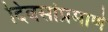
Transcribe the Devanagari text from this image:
दिवसांप्रमाणे